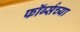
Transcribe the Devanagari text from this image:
फॉर्ब्सच्या